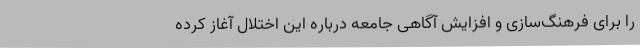
را برای فرهنگ‌سازی و افزایش آگاهی جامعه درباره این اختلال آغاز کرده